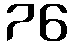
76